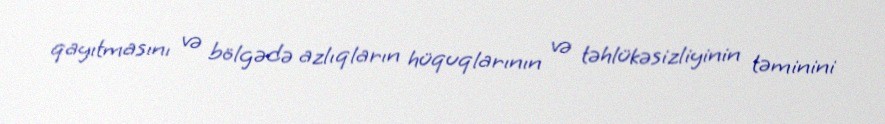
qayıtmasını və bölgədə azlıqların hüquqlarının və təhlükəsizliyinin təminini